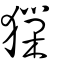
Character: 㺐